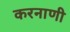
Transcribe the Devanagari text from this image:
करनाणी